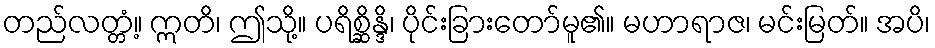
တည်လတ္တံ့။ ဣတိ၊ ဤသို့။ ပရိစ္ဆိန္ဒိ၊ ပိုင်းခြားတော်မူ၏။ မဟာရာဇ၊ မင်းမြတ်။ အပိ၊